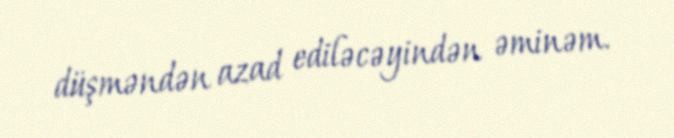
düşməndən azad ediləcəyindən əminəm.